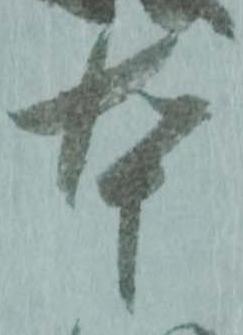
本